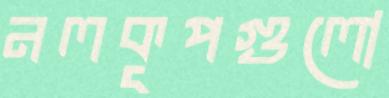
নলকূপগুলো